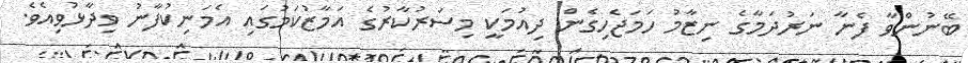
ބޭނުންވާ ފެނާ ނަރުދަމާގެ ނިޒާމު ހަމަޖެހިގެން ދިއުމަކީ މިސަރުކާރުގެ އަމާޒުކަމުގައި އެމަނިކުފާނު ވިދާޅުވިއެވެ.